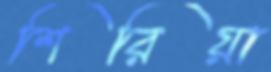
শিরিয়া